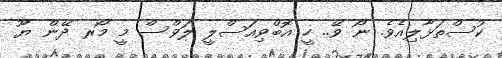
ކުސްތަޅާލިއެވެ. ނޯ ވޭ.. ހީ އޮބްވިއަސްލީ ލަވްސް މީ މޯރ ދޭން ޔޫ